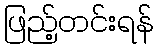
ဖြည့်တင်းရန်